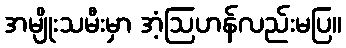
အမျိုးသမီးမှာ အံ့ဩဟန်လည်းမပြ။